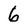
Character: 6